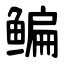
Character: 鳊